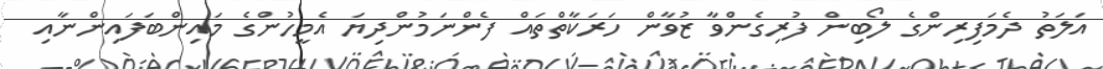
އަލަތު ދެމަފިރިންގެ ލޯބިން ފުރިގެންވާ ޒުވާން ހަރަކާތްތައް ފެންނަމުންދިޔަ އެމީހުންގެ މައިންބަފައިންނާއި